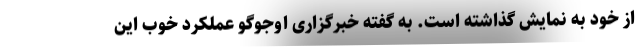
از خود به نمایش گذاشته است. به گفته خبرگزاری اوجوگو عملکرد خوب این